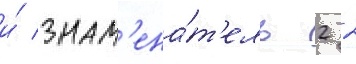
и́ знам'ена́т'ель 2 2